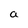
Character: a